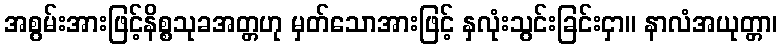
အစွမ်းအားဖြင့်နိစ္စသုခအတ္တဟု မှတ်သောအားဖြင့် နှလုံးသွင်းခြင်းငှာ။ နာလံအယုတ္တာ၊